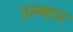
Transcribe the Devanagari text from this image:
उल्मान